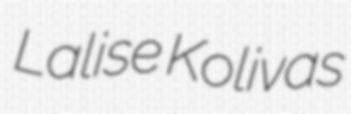
Lalise Kolivas